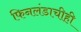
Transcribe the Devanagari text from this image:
फिनलंडाचीही